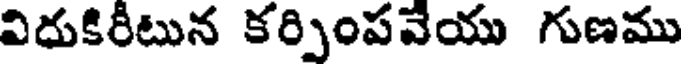
విదుకిరీటున కర్పింపవేయు గుణము